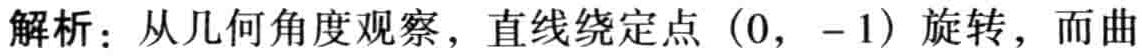
解析：从几何角度观察，直线绕定点\((0, -1)\)旋转，而曲